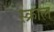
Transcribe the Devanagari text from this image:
स्क्राल